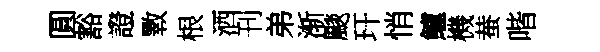
圓豁證斁根洒刊弟渐颷玕悄鱸機蛬喈